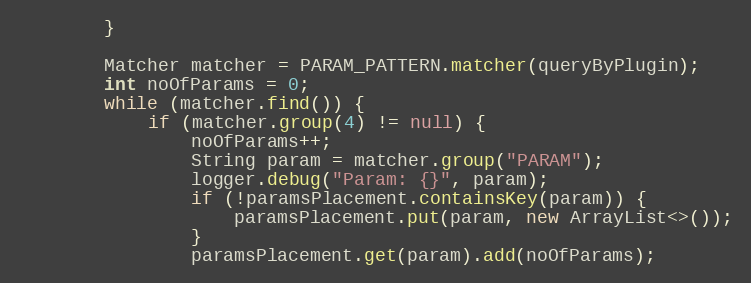
Language: Java
		}

		Matcher matcher = PARAM_PATTERN.matcher(queryByPlugin);
		int noOfParams = 0;
		while (matcher.find()) {
			if (matcher.group(4) != null) {
				noOfParams++;
				String param = matcher.group("PARAM");
				logger.debug("Param: {}", param);
				if (!paramsPlacement.containsKey(param)) {
					paramsPlacement.put(param, new ArrayList<>());
				}
				paramsPlacement.get(param).add(noOfParams);